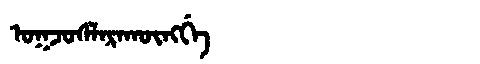
Manchu: ᠣᡴᠵᠣᠰᠯᠠᡵᠠᡴᡡᠩᡤᡝ
Romanization: OKJOSLARAKŪNGGE